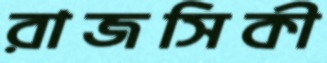
রাজসিকী